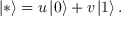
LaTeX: \left| * \right> = u \left| 0 \right> + v \left| 1 \right> .